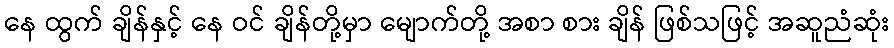
နေ ထွက် ချိန်နှင့် နေ ဝင် ချိန်တို့မှာ မျောက်တို့ အစာ စား ချိန် ဖြစ်သဖြင့် အဆူညံဆုံး